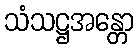
သံသဋ္ဌအန္တော